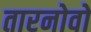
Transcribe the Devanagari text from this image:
तारनोवो